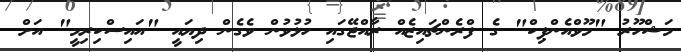
މަޝްހޫރު "މޫވްއެންޕިކް" ގެ ފްރެންޗައިޒެއް ރާއްޖޭގައި ހުޅުވުން ވެގެން ދިޔައީ "އައިސްކިރިމީ" އަށް